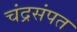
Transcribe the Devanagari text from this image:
चंद्रसंपत